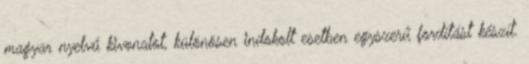
magyar nyelvű kivonatot, különösen indokolt esetben egyszerű fordítást készít.